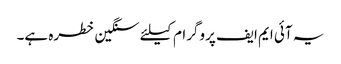
یہ آئی ایم ایف پروگرام کیلئے سنگین خطرہ ہے۔